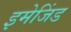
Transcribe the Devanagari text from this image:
इमेजिंड